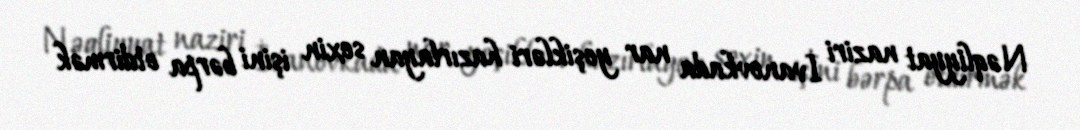
Nəqliyyat naziri İvanovkada nar yeşikləri hazırlayan sexin işini bərpa etdirmək